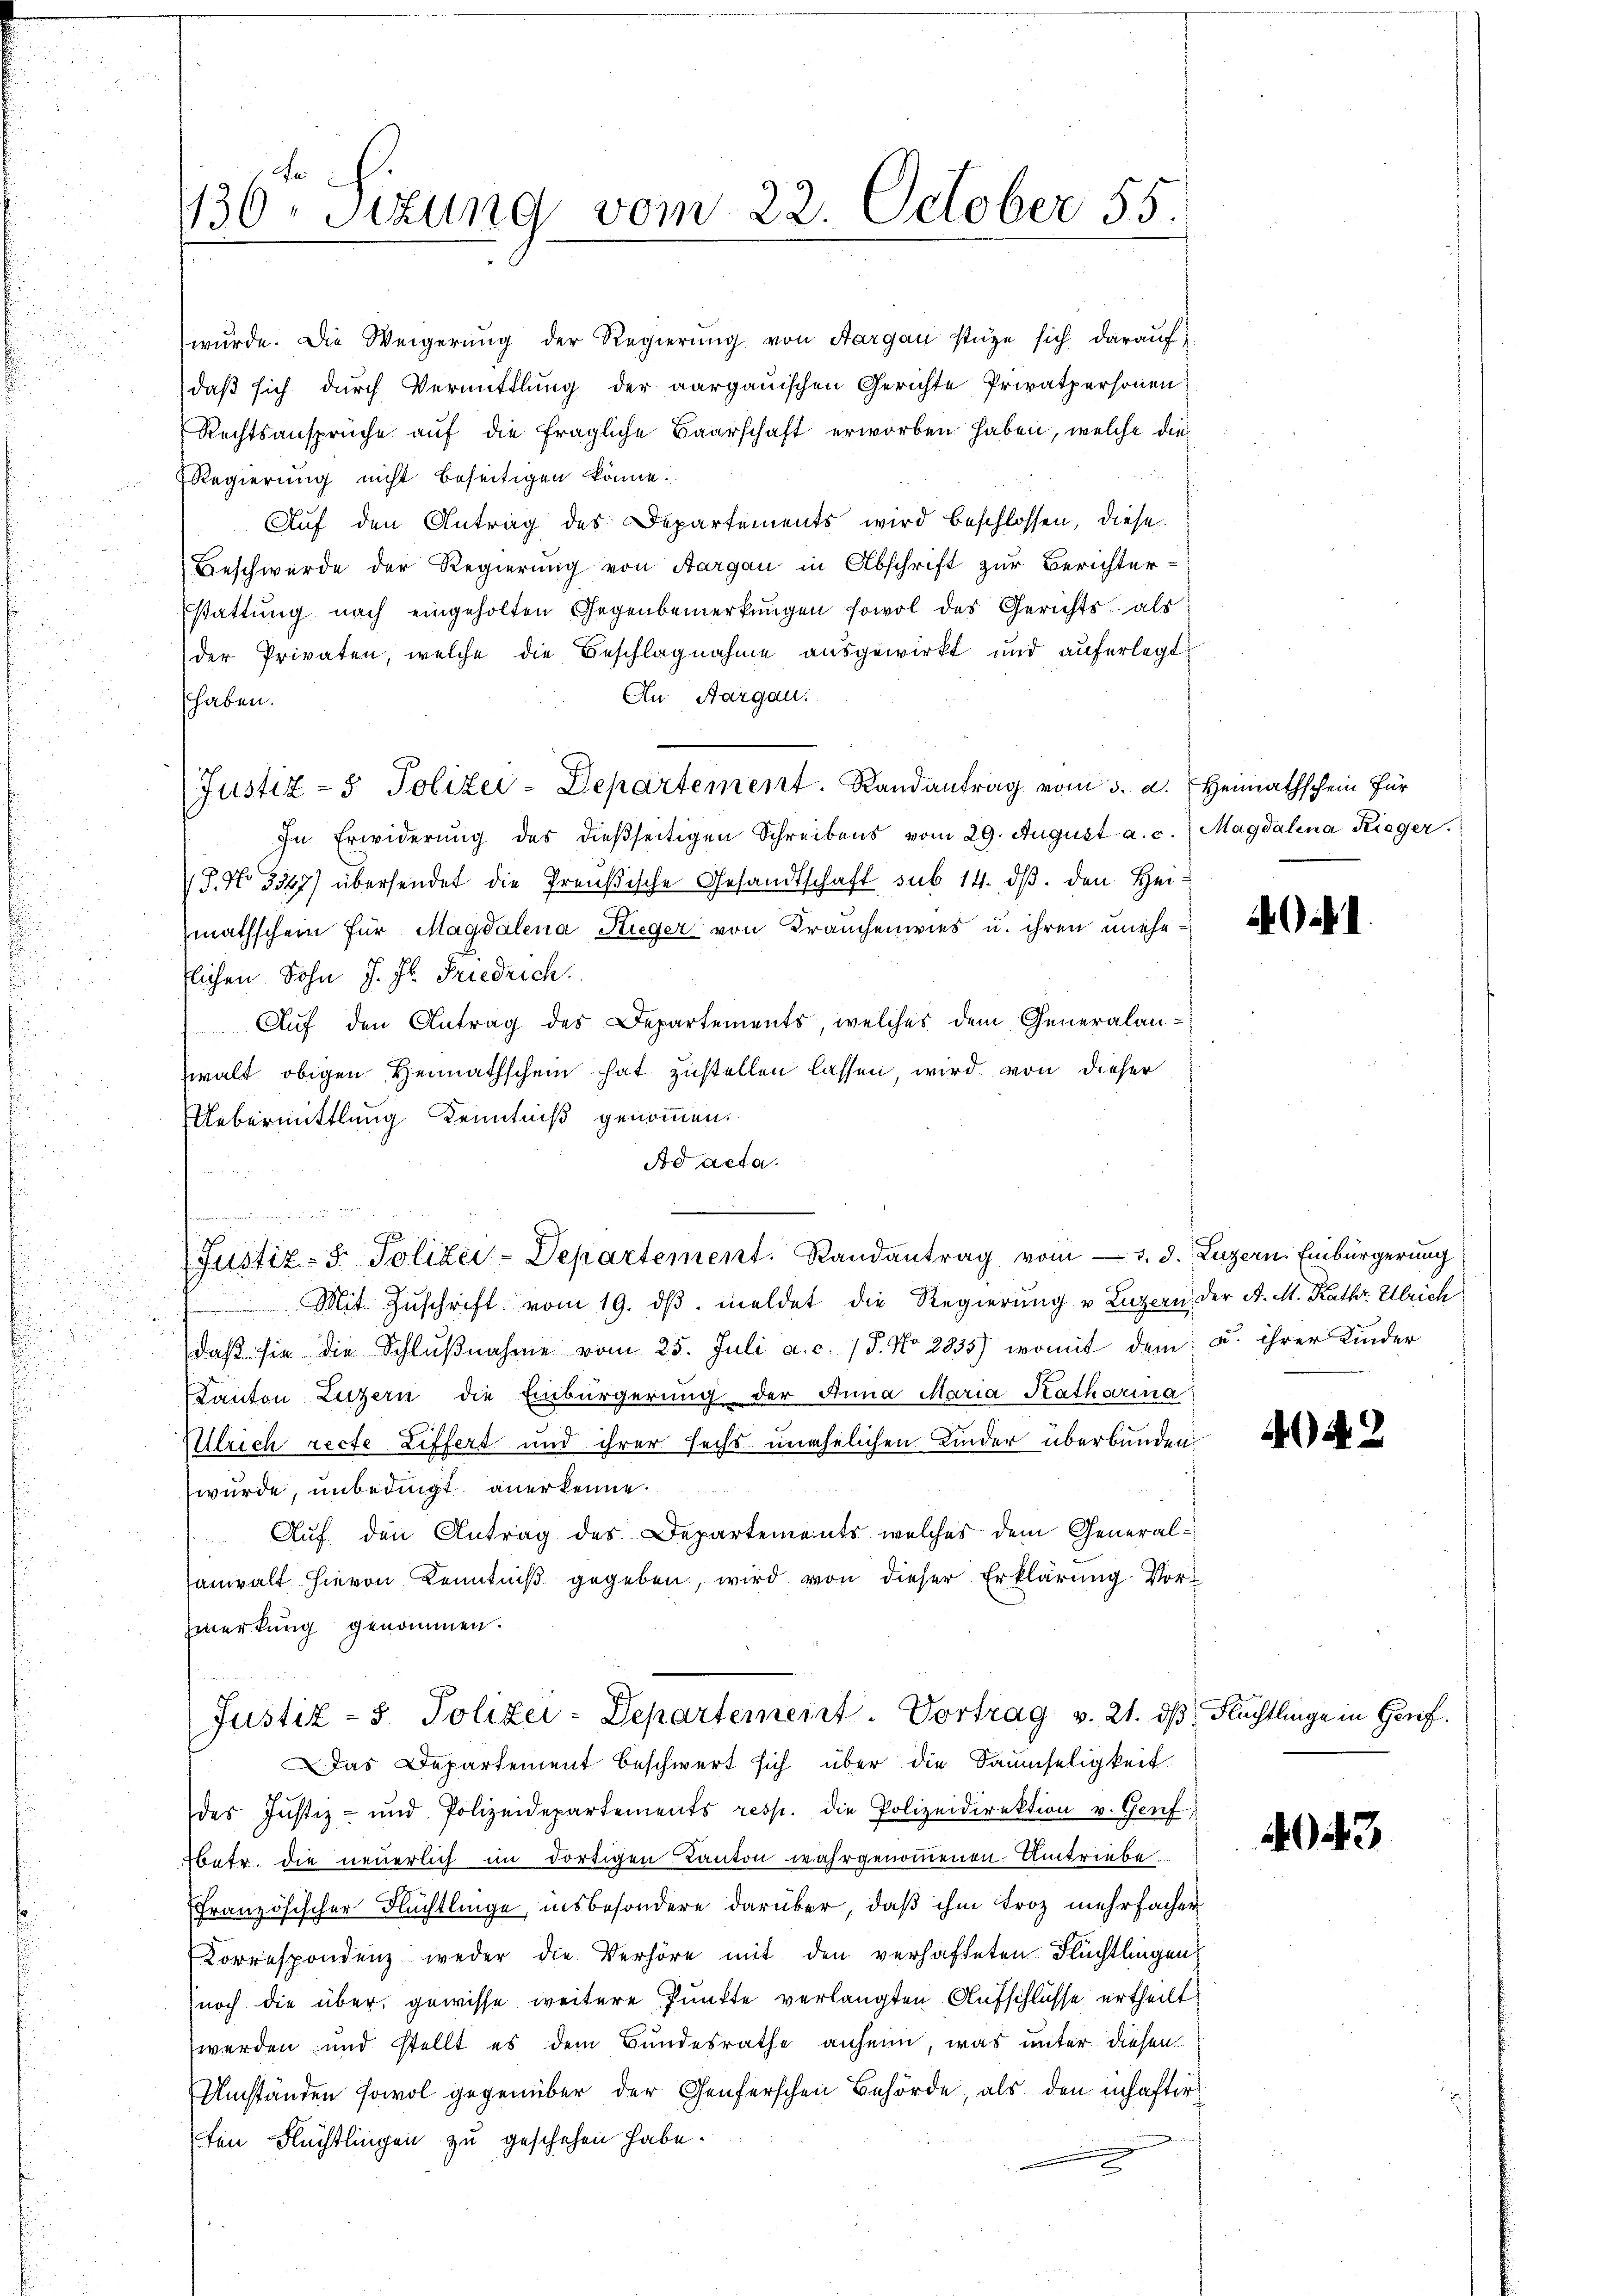
136 Sizung vom 22. October 55

wurde. Die Weigerung der Regierung von Aargau stütze sich darauf
daß sich durch Vermittlung der aargauischen Gerichte Privatpersonen:
Rechtsansprüche auf die fragliche Baarschaft erworben haben, welche die
Regierung nicht beseitigen könne.
Auf den Antrag des Departements wird beschlossen, diese
Beschwerde der Regierung von Aargau in Abschrift zur Berichter-
stattung nach eingeholten Gegenbemerkungen sowol des Gerichts als
der Privaten, welche die Beschlagnahme ausgewirkt und auferlegt:
An Aargau.
shaben.
(Justiz- & Polizei-Departement. Randantrag vom 3. a. Heimathschein für
In Erwiderung des dießseitigen Schreibens vom 29. August a. c.) Magdalena Rieger.
8. No 3347) übersendet die Preußische Gesandtschaft sub 14. dβ. den Hei-
mathschein für Magdalena Stieger von Frauchenwies u. ihren unehe-
flichen Sohn. J. Fl. Friedrich.
Aŭf den Antrag des Departements, welches dem Generalanzwalt obigen Heimathschein hat zustellen lassen, wird von dieser
Uebermittlung Kenntniß genommen.
Ad acta.
Justiz- & Polizei-Departement. Randantrag vom 3. d. Luzern. Einbürgerung
Mit Zŭschrift vom 19. dβ. meldet die Regierung u. Luzern der A. M. Kathr Ulrich
daβ sie die Schlŭβnahme vom 25. Juli a. c. 18. No 2935) womit dem u. ihrer Kinder
Kanton Luzern die Einbürgerung der Anna Maria Katharina
Ullrich recte Liffert und ihrer sechs unehelichen Kinder überbunden.
wurde, unbedingt anerkenne.
Auf den Antrag des Departements welches dem General-
sanwalt hievon Kenntniß gegeben, wird von dieser Erklärung Vor¬
Zmerkung genommen.
Justiz- & Polizei-Departement. Vortrag v. 21. ds Flüchtlinge in Genf.
Das Departement beschwert sich über die Daumseligkeit
des Justiz- und Polizeidepartements resp. die Polizeidirektion v. Genf
betr. die neuerlich im dortigen Kanton wahrgenommenen Umtriebe
ffranzösischer Flüchtlinge, insbesondere darüber, daß ihm troz mehrfacher
Korrespondenz weder die Verhöre mit den verhafteten Flüchtlingen
noch die über gewisse weitere Punkte verlangten Aufschlüsse ertheilt
werden und stellt es dem Bundesrathe anheim, was unter diesen
Umständen sowol gegenüber der Genferschen Behörde, als den inhaftir
ten Flüchtlingen zu geschehen habe.

.

43